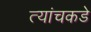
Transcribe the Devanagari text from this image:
त्यांचकडे